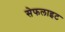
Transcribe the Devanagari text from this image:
सेफलाइट